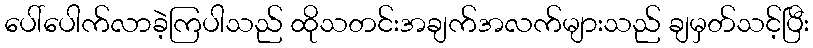
ပေါ်ပေါက်လာခဲ့ကြပါသည် ထိုသတင်းအချက်အလက်များသည် ချမှတ်သင့်ပြီး